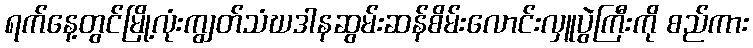
ရက်နေ့တွင်မြို့လုံးကျွတ်သံဃဒါနဆွမ်းဆန်စိမ်းလောင်းလှူပွဲကြီးကို စည်ကား